Civil Veterinary Department. United Provinces 1932-42 - 1932-1942
Year: 1932
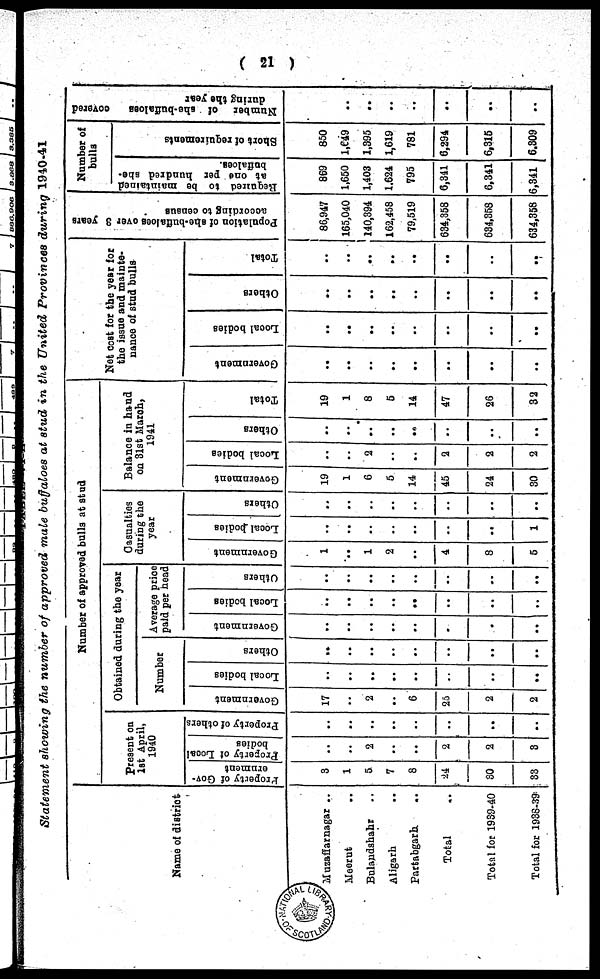
( 21 )
Statement showing the number of approved male buffaloes at stud in the United Provinces during 1940-41
Name of district
Muzaffarnagar ..
Meerut ..
Bulandshahr ..
Aligarh ..
Partabgarh ..
Total ..
Total for 1939-40
Total for 1938-39
Number of approved bulls at stud
Present on
1st April,
1940
Property
of Gov
ernment
3
1
5
7
8
24
30
33
Property of Local
bodies
..
..
2
..
..
2
2
3
Property
of others
..
..
..
..
..
..
..
Obtained during the year
Number
Government
17
..
2
..
6
25
2
2
Local bodies
..
..
..
..
..
..
..
..
Others
..
..
..
..
..
..
..
..
Average price
paid per head
Government
..
..
..
..
..
..
..
..
Local bodies
..
..
..
..
..
..
..
..
Others
..
..
..
..
..
..
..
..
Casualties
during the
year
Government
1
..
1
2
..
4
8
5
Local bodies
..
..
..
..
..
..
1
Others
..
..
..
..
..
..
..
Balance in hand
on 31st March,
1941
Government
19
1
6
5
14
45
24
30
Local bodies
..
..
2
..
..
2
2
2
Others
..
..
..
..
..
..
..
..
Total
19
1
8
5
14
47
26
32
Net cost for the year for
the issue and mainte-
nance of stud bulls
Government
..
..
..
..
..
..
..
..
Local bodies
..
..
..
..
..
..
..
..
Others
..
..
..
..
..
..
..
..
Total
..
..
..
..
..
..
..
..
Population of she-buffaloes over 3 years
according to census
86,947
165,040
140,394
162,458
79,519
634,358
634,358
634,358
Number of
bulls
Required
to be maintained
at one per hundred she-
buffaloes.
869
1,650
1,403
1,624
795
6,341
6,341
6,341
Short of requirements
850
1,649
1,395
1,619
781
6,294
6,315
6,309
Number of she-buffaloes
covered
during the year
..
..
..
..
..
..
..
..